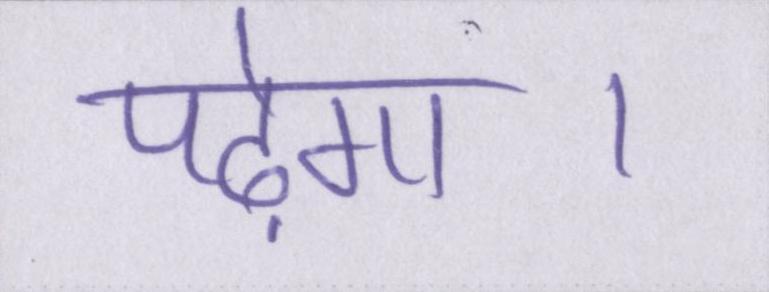
पढ़ेगा।